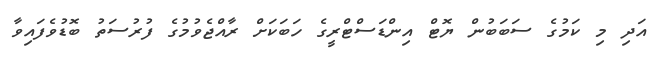
އަދި މި ކަމުގެ ސަބަބުން ޔޮޓް އިންޑަސްޓްރީގެ ހަބަކަށް ރާއްޖެވުމުގެ ފުރުސަތު ބޮޑުވެފައިވާ